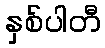
နှစ်ပါတီ